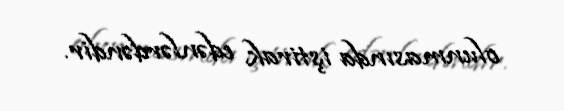
olunmasında iştirak edənlərdəndir.